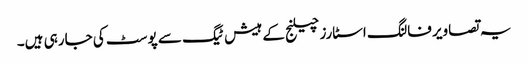
یہ تصاویر فالنگ اسٹارز چیلنج کے ہیش ٹیگ سے پوسٹ کی جارہی ہیں۔